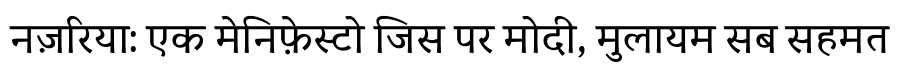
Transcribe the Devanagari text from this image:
नज़रिया: एक मेनिफ़ेस्टो जिस पर मोदी, मुलायम सब सहमत